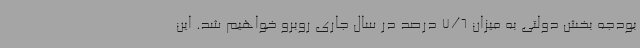
بودجه بخش دولتی به میزان 7/6 درصد در سال جاری روبرو خواهیم شد. این